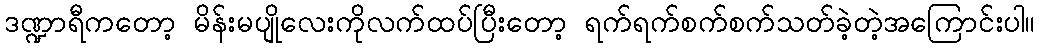
ဒဏ္ဍာရီကတော့ မိန်းမပျိုလေးကိုလက်ထပ်ပြီးတော့ ရက်ရက်စက်စက်သတ်ခဲ့တဲ့အကြောင်းပါ။